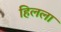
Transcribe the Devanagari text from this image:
हिलला